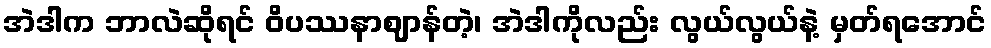
အဲဒါက ဘာလဲဆိုရင် ဝိပဿနာဈာန်တဲ့၊ အဲဒါကိုလည်း လွယ်လွယ်နဲ့ မှတ်ရအောင်